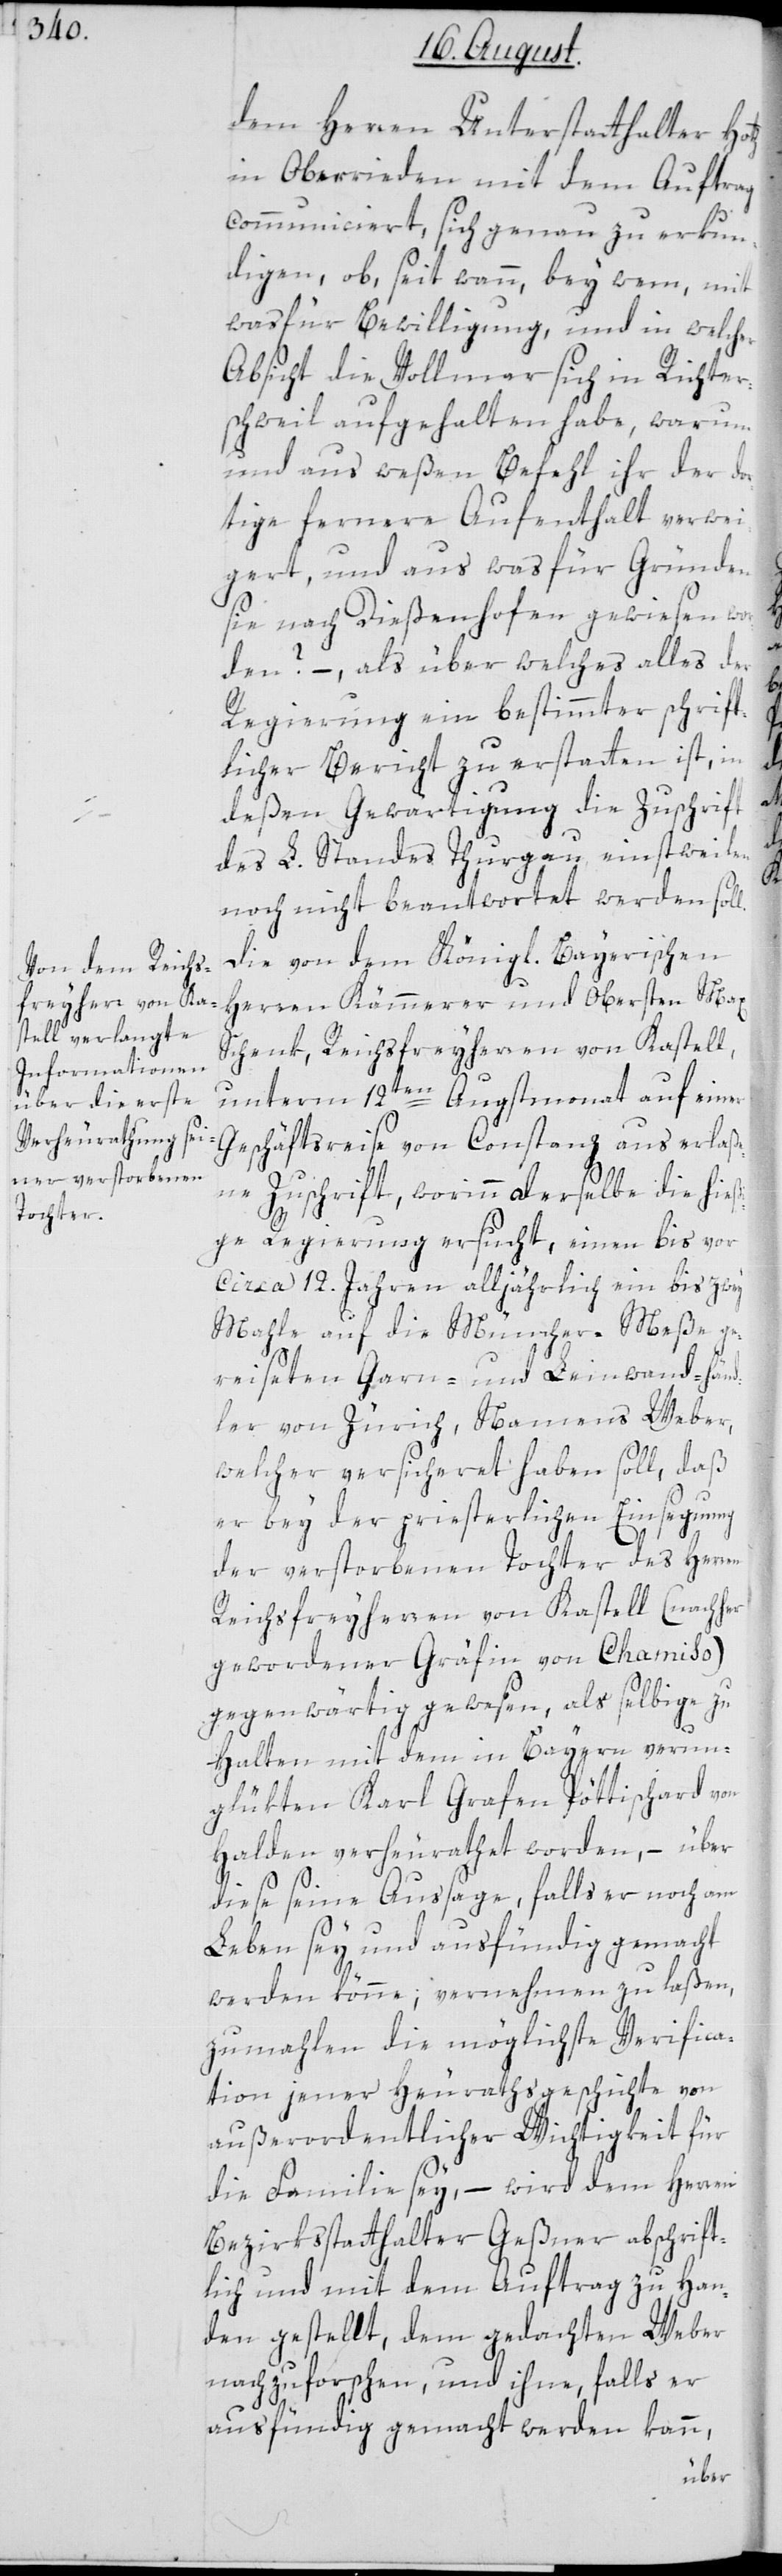
dem Herren Unterstatthalter Hotz
in Oberrieden mit dem Auftrag
communiciert, sich genau zu erkun¬
digen, ob, seit wann, bey wem, mit
was für Bewilligung, und in welcher
Absicht die Vollmar sich in Richter¬
schweil aufgehalten habe, warum
und aus weßen Befehl ihr der do¬
rtige fernere Aufenthalt verwei¬
gert, und aus was für Gründen
sie nach Dießenhofen gewiesen wor¬
den? –, als über welches alles der
Regierung ein bestimmter schrift¬
licher Bericht zu erstatten ist, in
deßen Gewärtigung die Zuschrift
des L. Standes Thurgau einstweilen
noch nicht beantwortet werden sol¬
Die von dem Königl. Bayerischen
Herren Kämmerer und Obersten Max
Schenk, Reichsfreyherren von Kastell,
unterm 12ten Augstmonat auf einer
Geschäftsreise von Constanz auserlaße¬
ne Zuschrift, worinn derselbe die hießi¬
ge Regierung ersucht, einen bis vor
circa 12. Jahren alljährlich ein bis zwey
Mahle auf die Münchner-Meße ge¬
reiseten Garn- und Leinwand-händ¬
ler von Zürich, Namens Weber,
welcher versicheret haben soll, daß
er bey der priesterlichen Einsegnung
der verstorbenen Tochter des Herren
Reichsfreyherren von Kastell (nachher
gewordener Gräfin von Chamiso)
gegenwärtig gewesen, als selbige zu
Halten mit dem in Bayern verun¬
glükten Karl Grafen Pöttischard von
Halden verheyrathet worden, – über
diese seine Aussage, falls er noch am
Leben sey und ausfündig gemacht
werden könne; vernehmen zu laßen,
zumahlen die möglichste Verifica¬
tion jener Heurathsgeschichte von
außerordentlicher Wichtigkeit für
die Familie sey, – wird dem Herren
Bezirksstatthalter Geßner abschrift¬
lich und mit dem Auftrag zu Han¬
den gestellt, dem gedachten Weber
nachzuforschen, und ihne, falls er
ausfündig gemacht werden kann,
l.